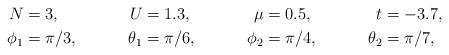
LaTeX: \begin{align*} N&=3, &U&=1.3,& \mu&=0.5,& t&=-3.7, \\ \phi_1&=\pi/3, &\theta_1&=\pi/6, &\phi_2&=\pi/4, & \theta_2&=\pi/7, \end{align*}